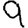
Digit: 9